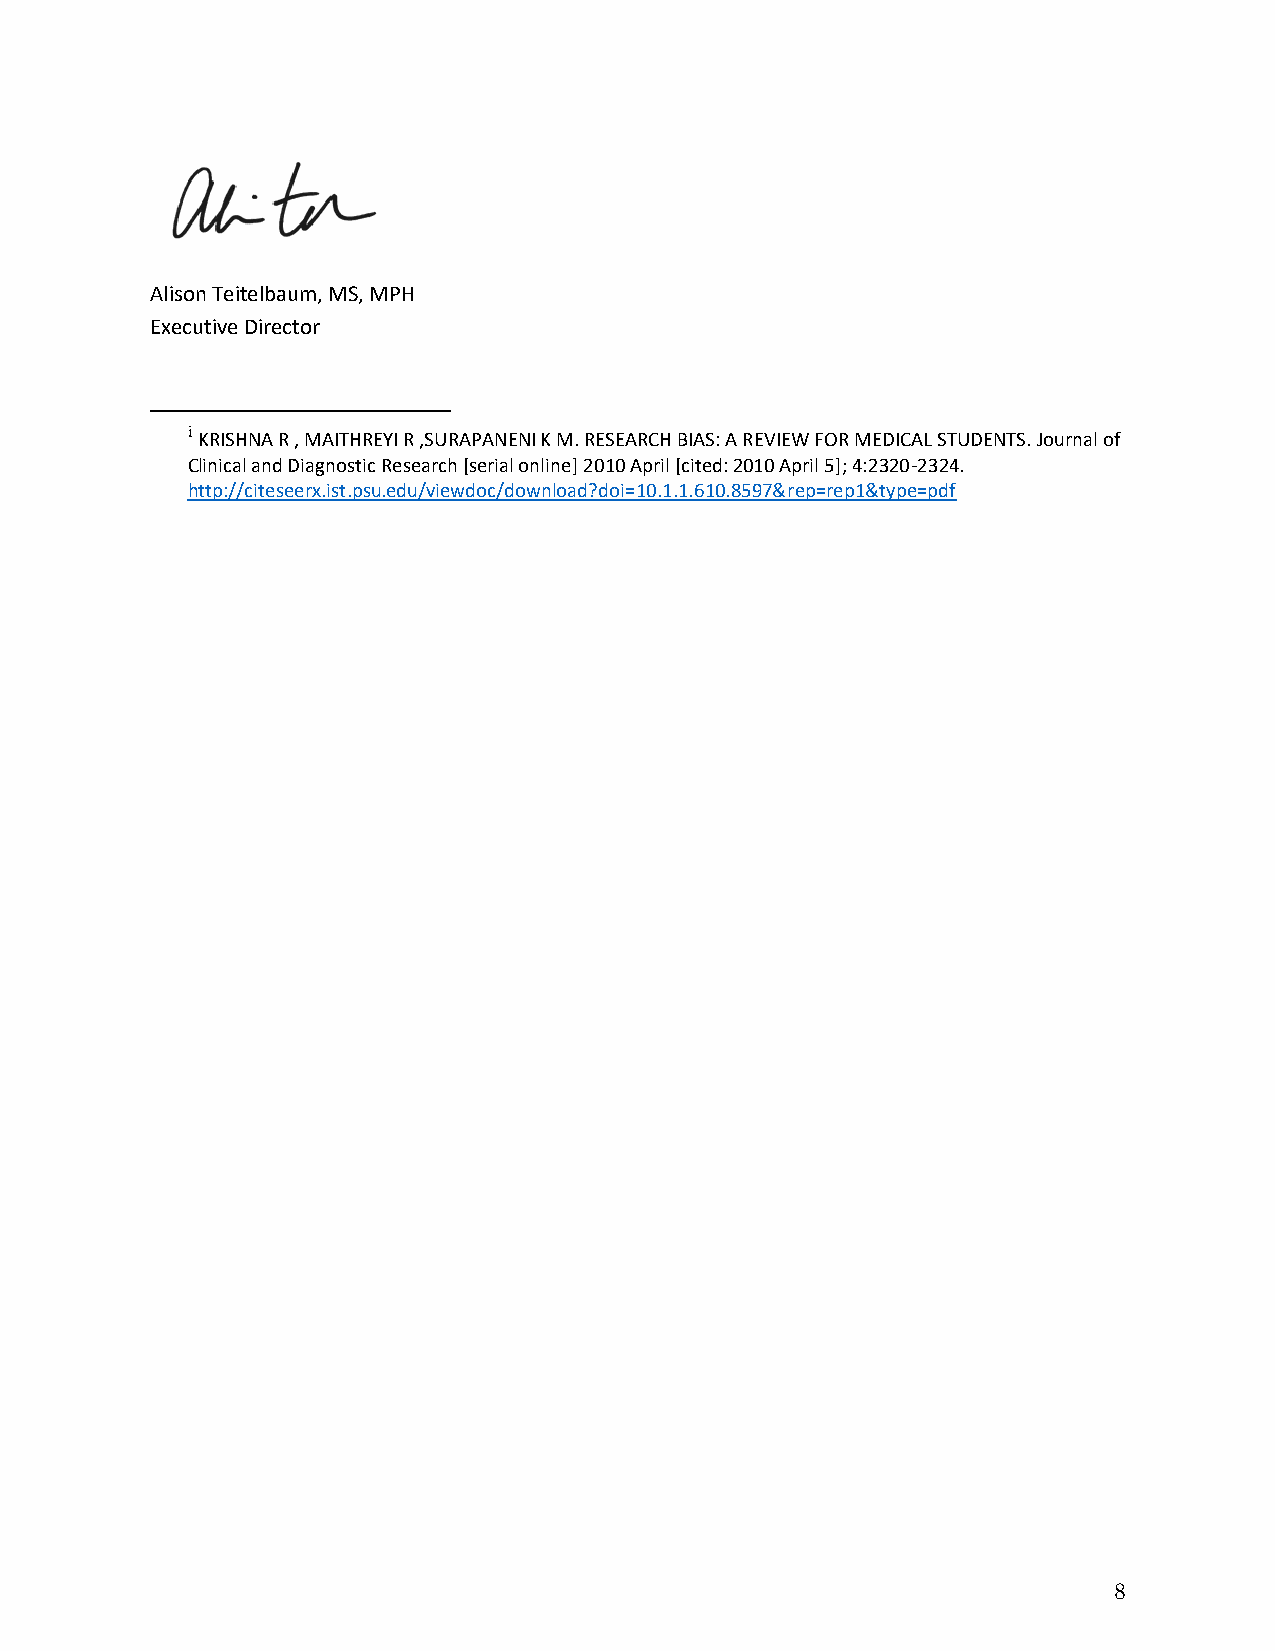
Alison Teitelbaum, MS, MPH
 Executive Director
 i
 KRISHNA R , MAITHREYI R ,SURAPANENI K M. RESEARCH BIAS: A REVIEW FOR MEDICAL STUDENTS. Journal of
 Clinical and Diagnostic Research [serial online] 2010 April [cited: 2010 April 5]; 4:2320-2324.
 http://citeseerx.ist.psu.edu/viewdoc/download?doi=10.1.1.610.8597&rep=rep1&type=pdf
 8